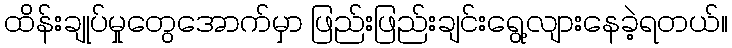
ထိန်းချုပ်မှုတွေအောက်မှာ ဖြည်းဖြည်းချင်းရွေ့လျားနေခဲ့ရတယ်။